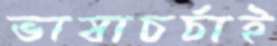
ভাষাচর্চাই